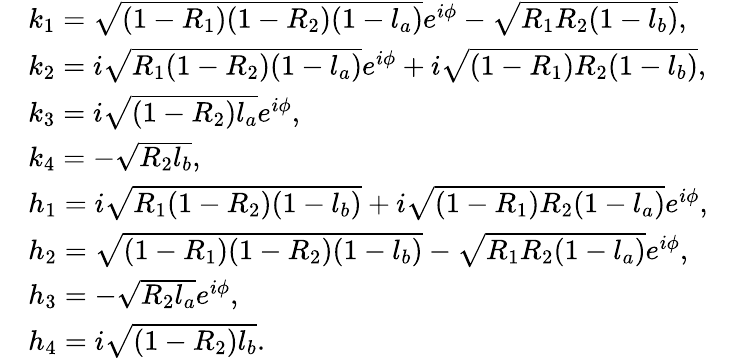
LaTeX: \begin{array}{rlr}&{k_{1}=\sqrt{(1-R_{1})(1-R_{2})(1-l_{a})}e^{i\phi}-\sqrt{R_{1}R_{2}(1-l_{b})},}&\\ &{k_{2}=i\sqrt{R_{1}(1-R_{2})(1-l_{a})}e^{i\phi}+i\sqrt{(1-R_{1})R_{2}(1-l_{b})},}&\\ &{k_{3}=i\sqrt{(1-R_{2})l_{a}}e^{i\phi},}&\\ &{k_{4}=-\sqrt{R_{2}l_{b}},}&\\ &{h_{1}=i\sqrt{R_{1}(1-R_{2})(1-l_{b})}+i\sqrt{(1-R_{1})R_{2}(1-l_{a})}e^{i\phi},}&\\ &{h_{2}=\sqrt{(1-R_{1})(1-R_{2})(1-l_{b})}-\sqrt{R_{1}R_{2}(1-l_{a})}e^{i\phi},}&\\ &{h_{3}=-\sqrt{R_{2}l_{a}}e^{i\phi},}&\\ &{h_{4}=i\sqrt{(1-R_{2})l_{b}}.}&\end{array}